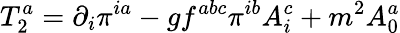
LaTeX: T_{2}^{a}=\partial_{i}\pi^{ia}-gf^{abc}\pi^{ib}A_{i}^{c}+m^{2}A_{0}^{a}